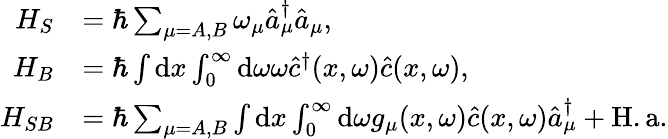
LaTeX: \begin{array}{rl}{H_{S}}&{=\hbar\sum_{\mu=A,B}\omega_{\mu}\hat{a}_{\mu}^{\dagger}\hat{a}_{\mu},}\\ {H_{B}}&{=\hbar\int\mathrm{d}x\int_{0}^{\infty}\mathrm{d}\omega\omega\hat{c}^{\dagger}(x,\omega)\hat{c}(x,\omega),}\\ {H_{SB}}&{=\hbar\sum_{\mu=A,B}\int\mathrm{d}x\int_{0}^{\infty}\mathrm{d}\omega g_{\mu}(x,\omega)\hat{c}(x,\omega)\hat{a}_{\mu}^{\dagger}+\mathrm{H.a.}}\end{array}